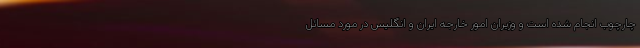
چارچوب انجام شده است و وزیران امور خارجه ایران و انگلیس در مورد مسائل